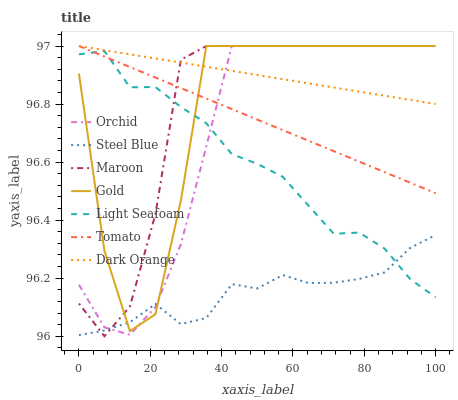
| xaxis_label | Orchid | Steel Blue | Maroon | Gold | Light Seafoam | Tomato | Dark Orange |
 | --- | --- | --- | --- | --- | --- | --- | --- |
 | 0 | 96.2 | 96 | 96.1 | 96.9 | 97 | 97 | 97 |
 | 7.14 | 96 | 96 | 96 | 96.3 | 97 | 97 | 97 |
 | 14.3 | 96 | 96 | 96.1 | 96 | 96.9 | 96.9 | 97 |
 | 21.4 | 96.1 | 96.1 | 96.4 | 96.1 | 96.9 | 96.9 | 97 |
 | 28.6 | 96.3 | 96 | 97 | 96.5 | 96.8 | 96.9 | 96.9 |
 | 35.7 | 96.7 | 96.1 | 97 | 97 | 96.7 | 96.8 | 96.9 |
 | 42.9 | 97 | 96.2 | 97 | 97 | 96.6 | 96.8 | 96.9 |
 | 50 | 97 | 96.2 | 97 | 97 | 96.6 | 96.7 | 96.9 |
 | 57.1 | 97 | 96.2 | 97 | 97 | 96.5 | 96.7 | 96.9 |
 | 64.3 | 97 | 96.2 | 97 | 97 | 96.5 | 96.7 | 96.9 |
 | 71.4 | 97 | 96.2 | 97 | 97 | 96.4 | 96.6 | 96.9 |
 | 78.6 | 97 | 96.2 | 97 | 97 | 96.4 | 96.6 | 96.8 |
 | 85.7 | 97 | 96.2 | 97 | 97 | 96.3 | 96.6 | 96.8 |
 | 92.9 | 97 | 96.3 | 97 | 97 | 96.2 | 96.5 | 96.8 |
 | 100 | 97 | 96.3 | 97 | 97 | 96.1 | 96.5 | 96.8 |